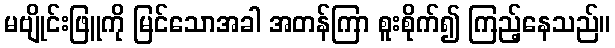
မဗျိုင်းဖြူကို မြင်သောအခါ အတန်ကြာ စူးစိုက်၍ ကြည့်နေသည်။